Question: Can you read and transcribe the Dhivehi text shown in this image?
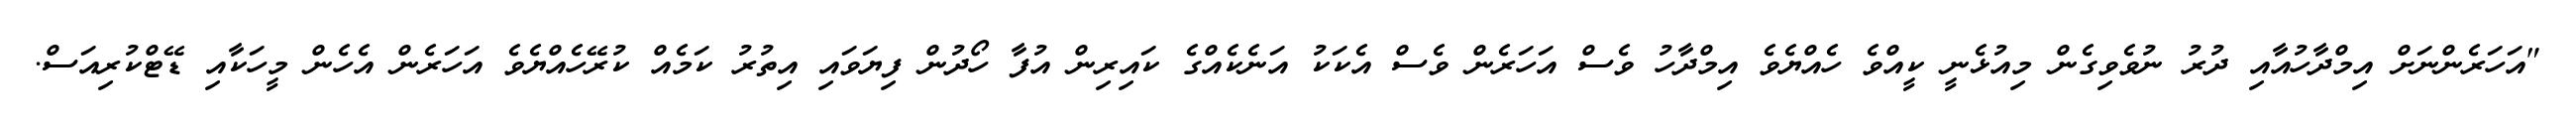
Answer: "އަހަރެންނަށް އިމްދާހުއާއި ދުރު ނުވެވިގެން މިއުޅެނީ ކީއްވެ ހެއްޔެވެ އިމްދާހު ވެސް އަހަރެން ވެސް އެކަކު އަނެކެއްގެ ކައިރިން އުފާ ހޯދުން ފިޔަވައި އިތުރު ކަމެއް ކުރޭހެއްޔެވެ އަހަރެން އެހެން މީހަކާއި ޑޭޓްކުރިއަސް.